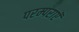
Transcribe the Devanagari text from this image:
परम्पराएॅ